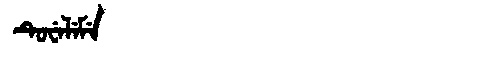
Manchu: ᡨᡠᠸᡝᠯᡝᠮᡝ
Romanization: TUWELEME